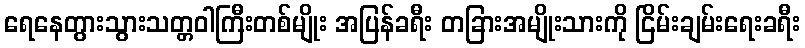
ရေနေတွားသွားသတ္တဝါကြီးတစ်မျိုး အပြန်ခရီး တခြားအမျိုးသားကို ငြိမ်းချမ်းရေးခရီး